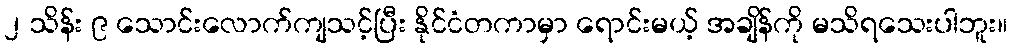
၂ သိန်း ၉ သောင်းလောက်ကျသင့်ပြီး နိုင်ငံတကာမှာ ရောင်းမယ့် အချိန်ကို မသိရသေးပါဘူး။